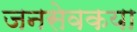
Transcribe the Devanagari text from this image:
जनसेवकया